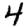
Digit: 4